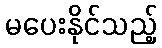
မပေးနိုင်သည့်